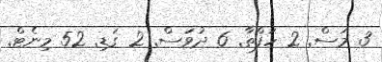
3 މަސް